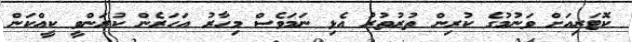
ކޮޓަރިއަށް ވަނުމުގެ ކުރިން ތުރުތުރު އެޅި ނަމަވެސް މިހާރު އަހަރެން ކުރަންވީ ކީއްކަން